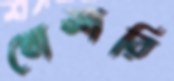
খোআরি